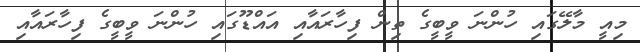
މިއީ މާލޭގައި ހުންނަ ވީބީގެ ތިން ފިހާރައާއި އައްޑޫގައި ހުންނަ ވީބީގެ ފިހާރައާއި